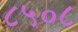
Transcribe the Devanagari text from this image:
८५०८